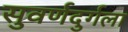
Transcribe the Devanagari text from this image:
सुवर्णदुर्गला